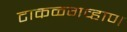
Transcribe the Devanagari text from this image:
टाकळगव्हाण